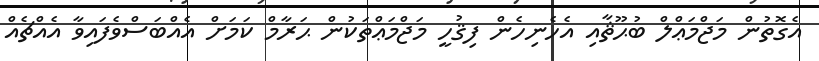
އެގޮތުން މަޖްމަޢްލް ބުޙޫޘާއި އެހެނިހެން ފިޤުހީ މަޖްމަޢްތަކުން ޙަރާމް ކަމަށް އެއްބަސްވެފައިވާ އެއްޗެއް